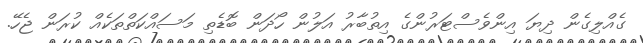
ގެއްލިގެން ދިޔަ އިންވެސްޓަރުންގެ އިތުބާރު އަލުން ހޯދަން ބޮޑެތި މަސައްކަތްތަކެއް ކުރަން ޖެހޭ.